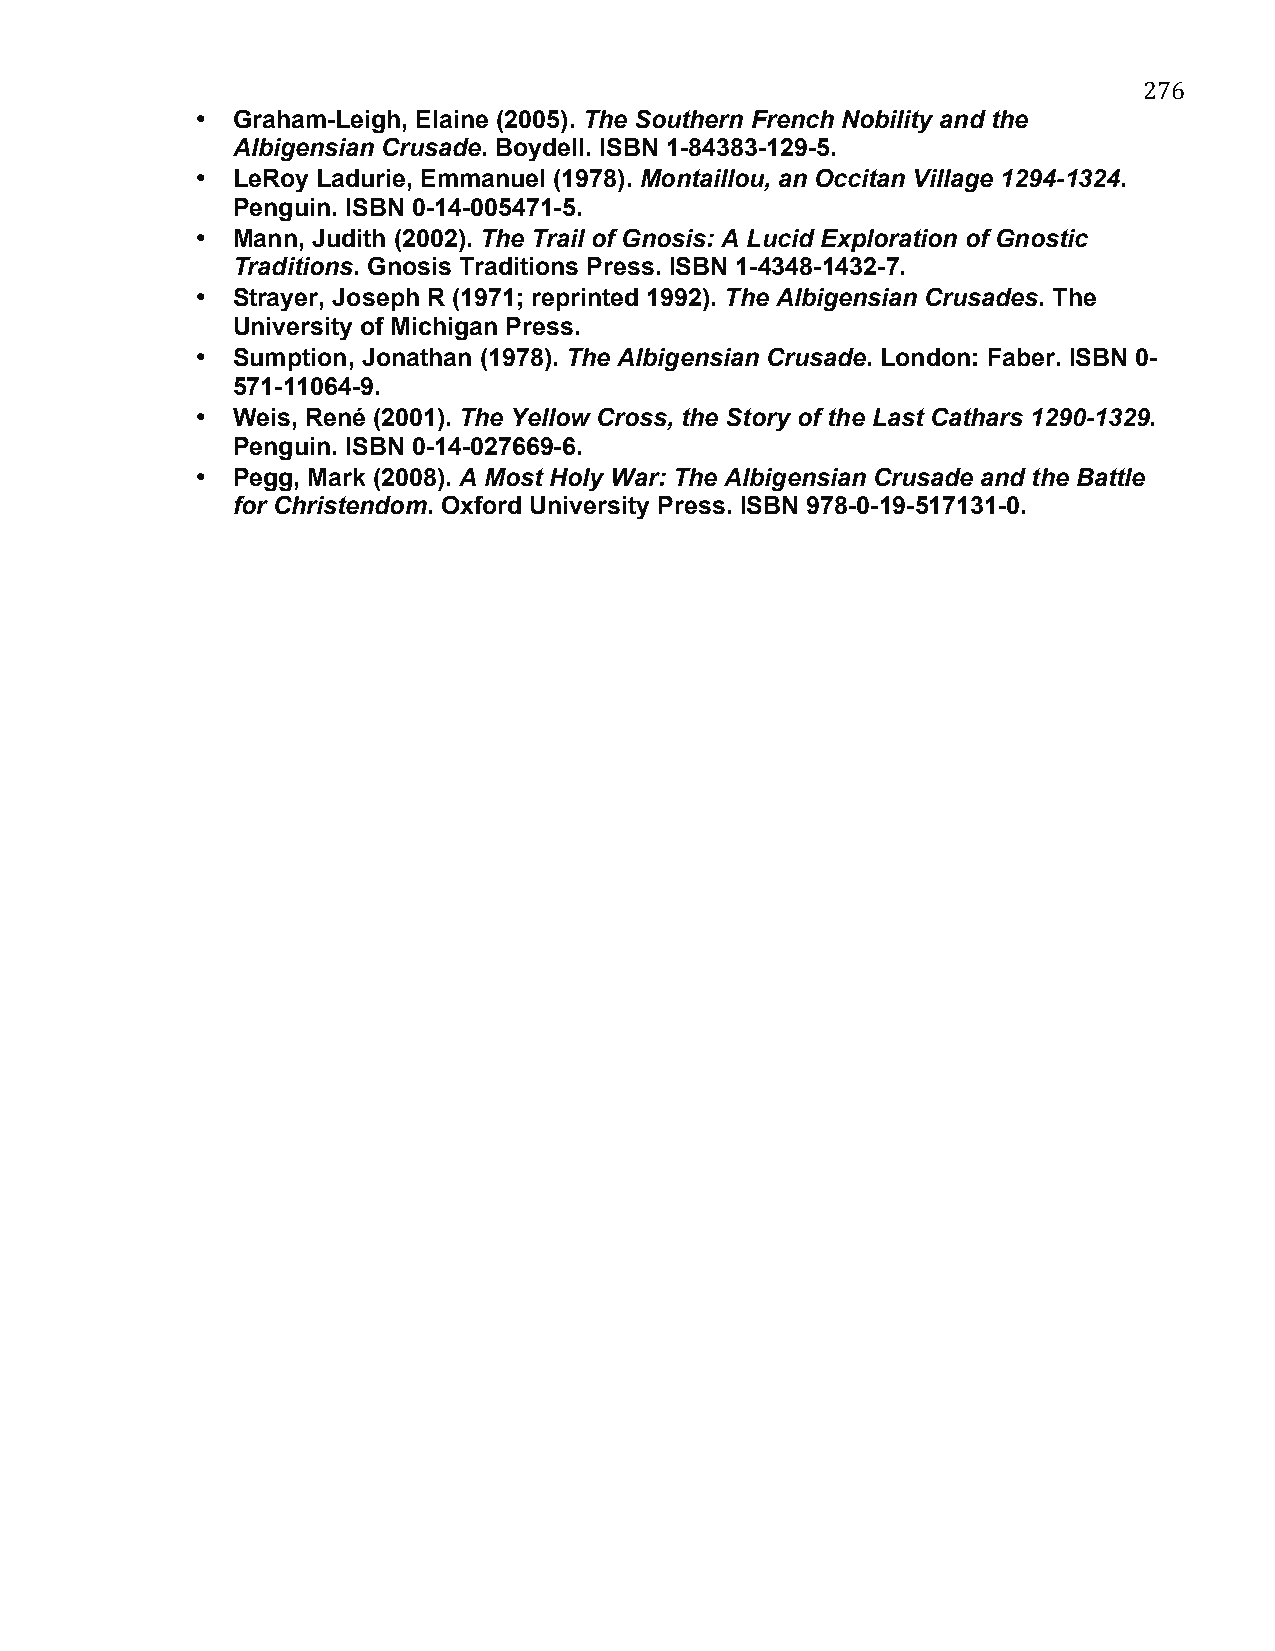
276
 • Graham-Leigh, Elaine (2005). The Southern French Nobility and the
 Albigensian Crusade. Boydell. ISBN 1-84383-129-5.
 • LeRoy Ladurie, Emmanuel (1978). Montaillou, an Occitan Village 1294-1324.
 Penguin. ISBN 0-14-005471-5.
 • Mann, Judith (2002). The Trail of Gnosis: A Lucid Exploration of Gnostic
 Traditions. Gnosis Traditions Press. ISBN 1-4348-1432-7.
 • Strayer, Joseph R (1971; reprinted 1992). The Albigensian Crusades. The
 University of Michigan Press.
 • Sumption, Jonathan (1978). The Albigensian Crusade. London: Faber. ISBN 0-
 571-11064-9.
 • Weis, René (2001). The Yellow Cross, the Story of the Last Cathars 1290-1329.
 Penguin. ISBN 0-14-027669-6.
 • Pegg, Mark (2008). A Most Holy War: The Albigensian Crusade and the Battle
 for Christendom. Oxford University Press. ISBN 978-0-19-517131-0.